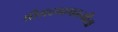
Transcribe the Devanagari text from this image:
श्रीमदभागवत्गीता